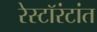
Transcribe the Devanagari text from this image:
रेस्टॉरंटांत